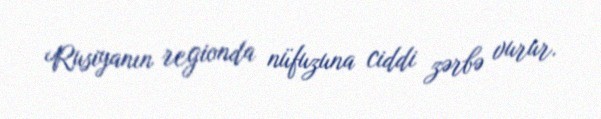
Rusiyanın regionda nüfuzuna ciddi zərbə vurur.